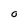
Character: O